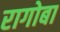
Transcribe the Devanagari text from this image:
रागोबा